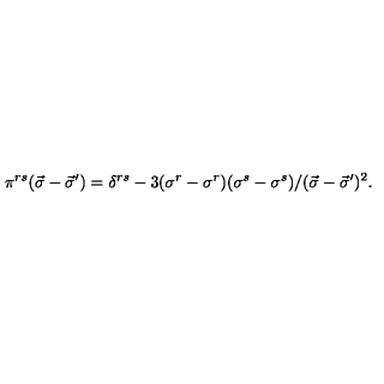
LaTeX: \pi ^ { r s } ( \vec { \sigma } - \vec { \sigma } ^ { \prime } ) = \delta ^ { r s } - 3 ( \sigma ^ { r } - \sigma ^ { r } ) ( \sigma ^ { s } - \sigma ^ { s } ) / ( \vec { \sigma } - \vec { \sigma } ^ { \prime } ) ^ { 2 } .